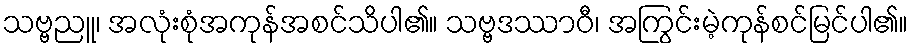
သဗ္ဗညူ၊ အလုံးစုံအကုန်အစင်သိပါ၏။ သဗ္ဗဒဿာဝီ၊ အကြွင်းမဲ့ကုန်စင်မြင်ပါ၏။